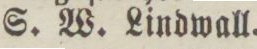
S. W. Lindwall.